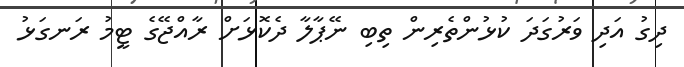
ދިގު އަދި ވަރުގަދަ ކުޅުންތެރިން ތިބި ނޭޕާލާ ދެކޮޅަށް ރާއްޖޭގެ ޓީމު ރަނގަޅު